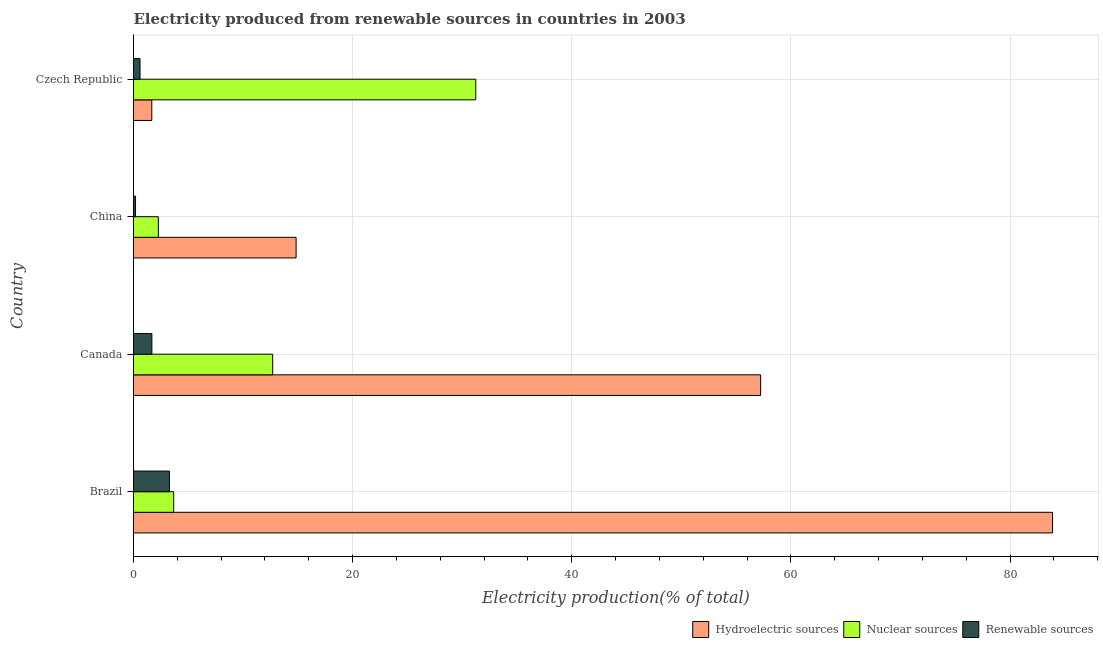
| Country | Hydroelectric sources | Nuclear sources | Renewable sources |
 | --- | --- | --- | --- |
 | Brazil | 83.9 | 3.67 | 3.28 |
 | Canada | 57.2 | 12.7 | 1.68 |
 | China | 14.8 | 2.27 | 0.184 |
 | Czech Republic | 1.67 | 31.2 | 0.595 |